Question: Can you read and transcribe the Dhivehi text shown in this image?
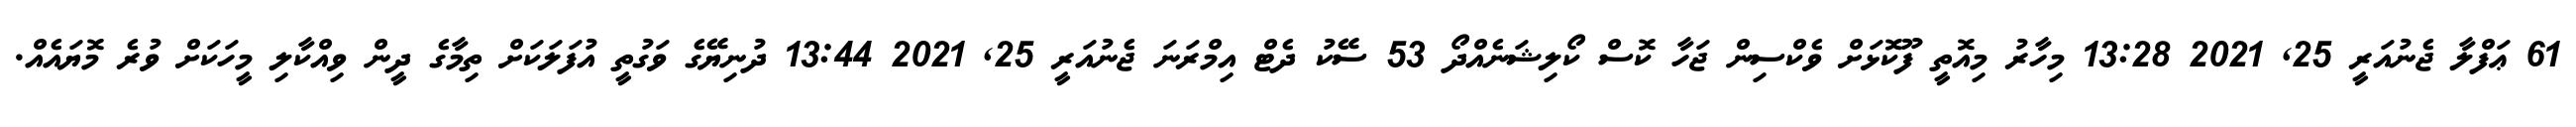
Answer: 61 ޢަފްލާ ޖެނުއަރީ 25, 2021 13:28 މިހާރު މިއޮތީ ފޫކޮޅަށް ވެކްސިން ޖަހާ ކޮސް ކޯލިޝަނެއްދޯ 53 ސޭކު ދެޓް އިމްރަނަ ޖެނުއަރީ 25, 2021 13:44 ދުނިޔޭގެ ވަގުތީ އުފަލަކަށް ތިމާގެ ދީން ވިއްކާލި މީހަކަށް ވުރެ މޮޔައެއް.